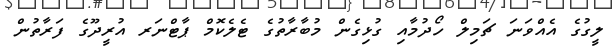
ލީގުގެ އެއްވަނަ ޗަމިލް ހޯދުމާއި ގުޅިގެން މުބާރާތުގެ ޓެލެކޮމް ޕާޓްނަރ އުރީދޫގެ ފަރާތުން